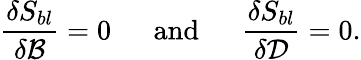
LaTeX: \frac{\delta S_{bl}}{\delta{\cal B}}=0\mathrm{~\ \ \ \ \ and~\ \ \ \ \ }\frac{\delta S_{bl}}{\delta{\cal D}}=0.